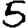
Digit: 5